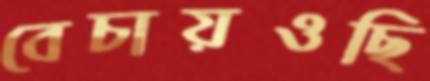
বেচায়ওছি